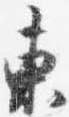
東